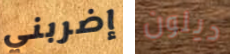
إضربني ديلون